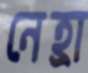
নেহ্রা